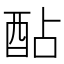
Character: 酟